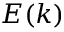
E ( k )